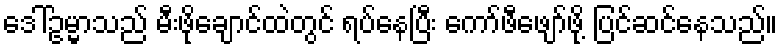
ဒေါ်ဥမ္မာသည် မီးဖိုချောင်ထဲတွင် ရပ်နေပြီး ကော်ဖီဖျော်ဖို့ ပြင်ဆင်နေသည်။